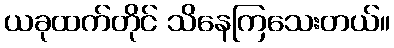
ယခုထက်တိုင် သိနေကြသေးတယ်။